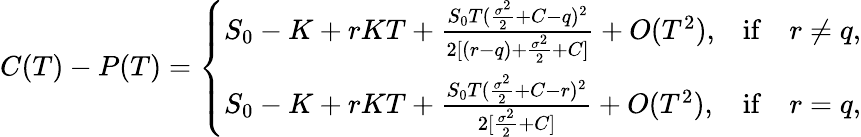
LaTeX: C(T)-P(T)=\left\{ \begin{array}{ll}{S_{0}-K+rKT+\frac{S_{0}T(\frac{\sigma^{2}}{2}+C-q)^{2}}{2[(r-q)+\frac{\sigma^{2}}{2}+C]}+O(T^{2}),}&{\mathrm{if}\quad r\neq q,}\\ {S_{0}-K+rKT+\frac{S_{0}T(\frac{\sigma^{2}}{2}+C-r)^{2}}{2[\frac{\sigma^{2}}{2}+C]}+O(T^{2}),}&{\mathrm{if}\quad r=q,}\end{array}\right.